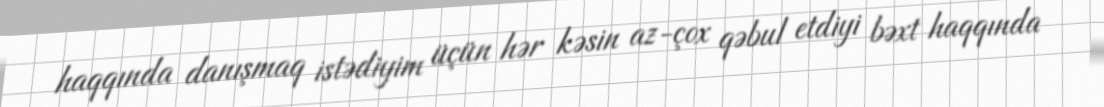
haqqında danışmaq istədiyim üçün hər kəsin az-çox qəbul etdiyi bəxt haqqında